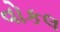
વોકલ